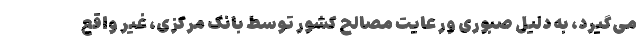
می‌گیرد، به دلیل صبوری ور عایت مصالح کشور توسط بانک مرکزی، غیر واقع